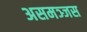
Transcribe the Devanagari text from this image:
असमञ्जस